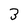
Character: 3